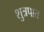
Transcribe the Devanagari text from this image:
शुत्रपात